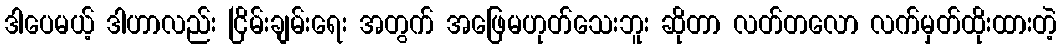
ဒါပေမယ့် ဒါဟာလည်း ငြိမ်းချမ်းရေး အတွက် အဖြေမဟုတ်သေးဘူး ဆိုတာ လတ်တလော လက်မှတ်ထိုးထားတဲ့